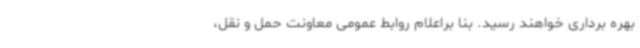
بهره برداری خواهند رسید. بنا براعلام روابط عمومی معاونت حمل و نقل،